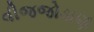
વીજજોડાણ